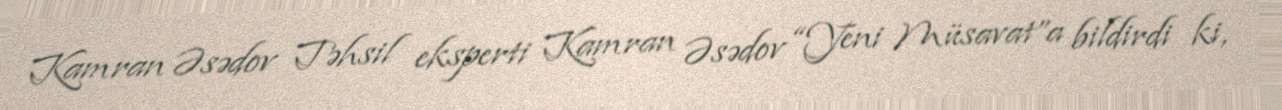
Kamran Əsədov Təhsil eksperti Kamran Əsədov “Yeni Müsavat”a bildirdi ki,